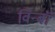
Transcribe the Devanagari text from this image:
विन्बॉ